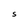
Character: S